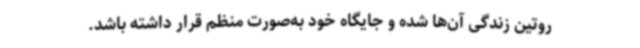
روتین زندگی آن‌ها شده و جایگاه خود به‌صورت منظم قرار داشته ‌باشد.